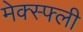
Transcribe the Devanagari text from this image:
मेक्स्फ्ली